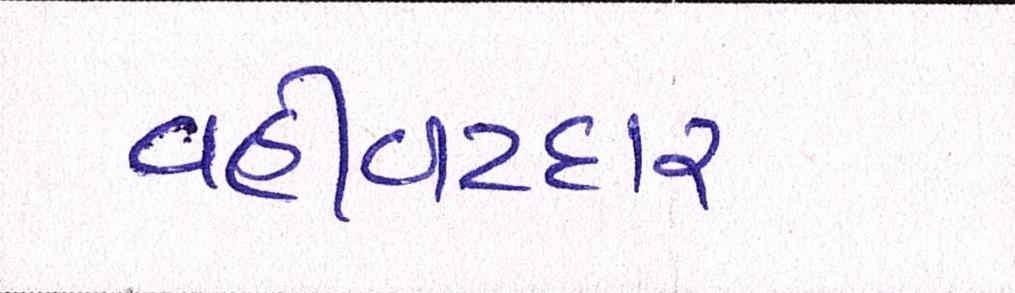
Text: વહીવટદાર